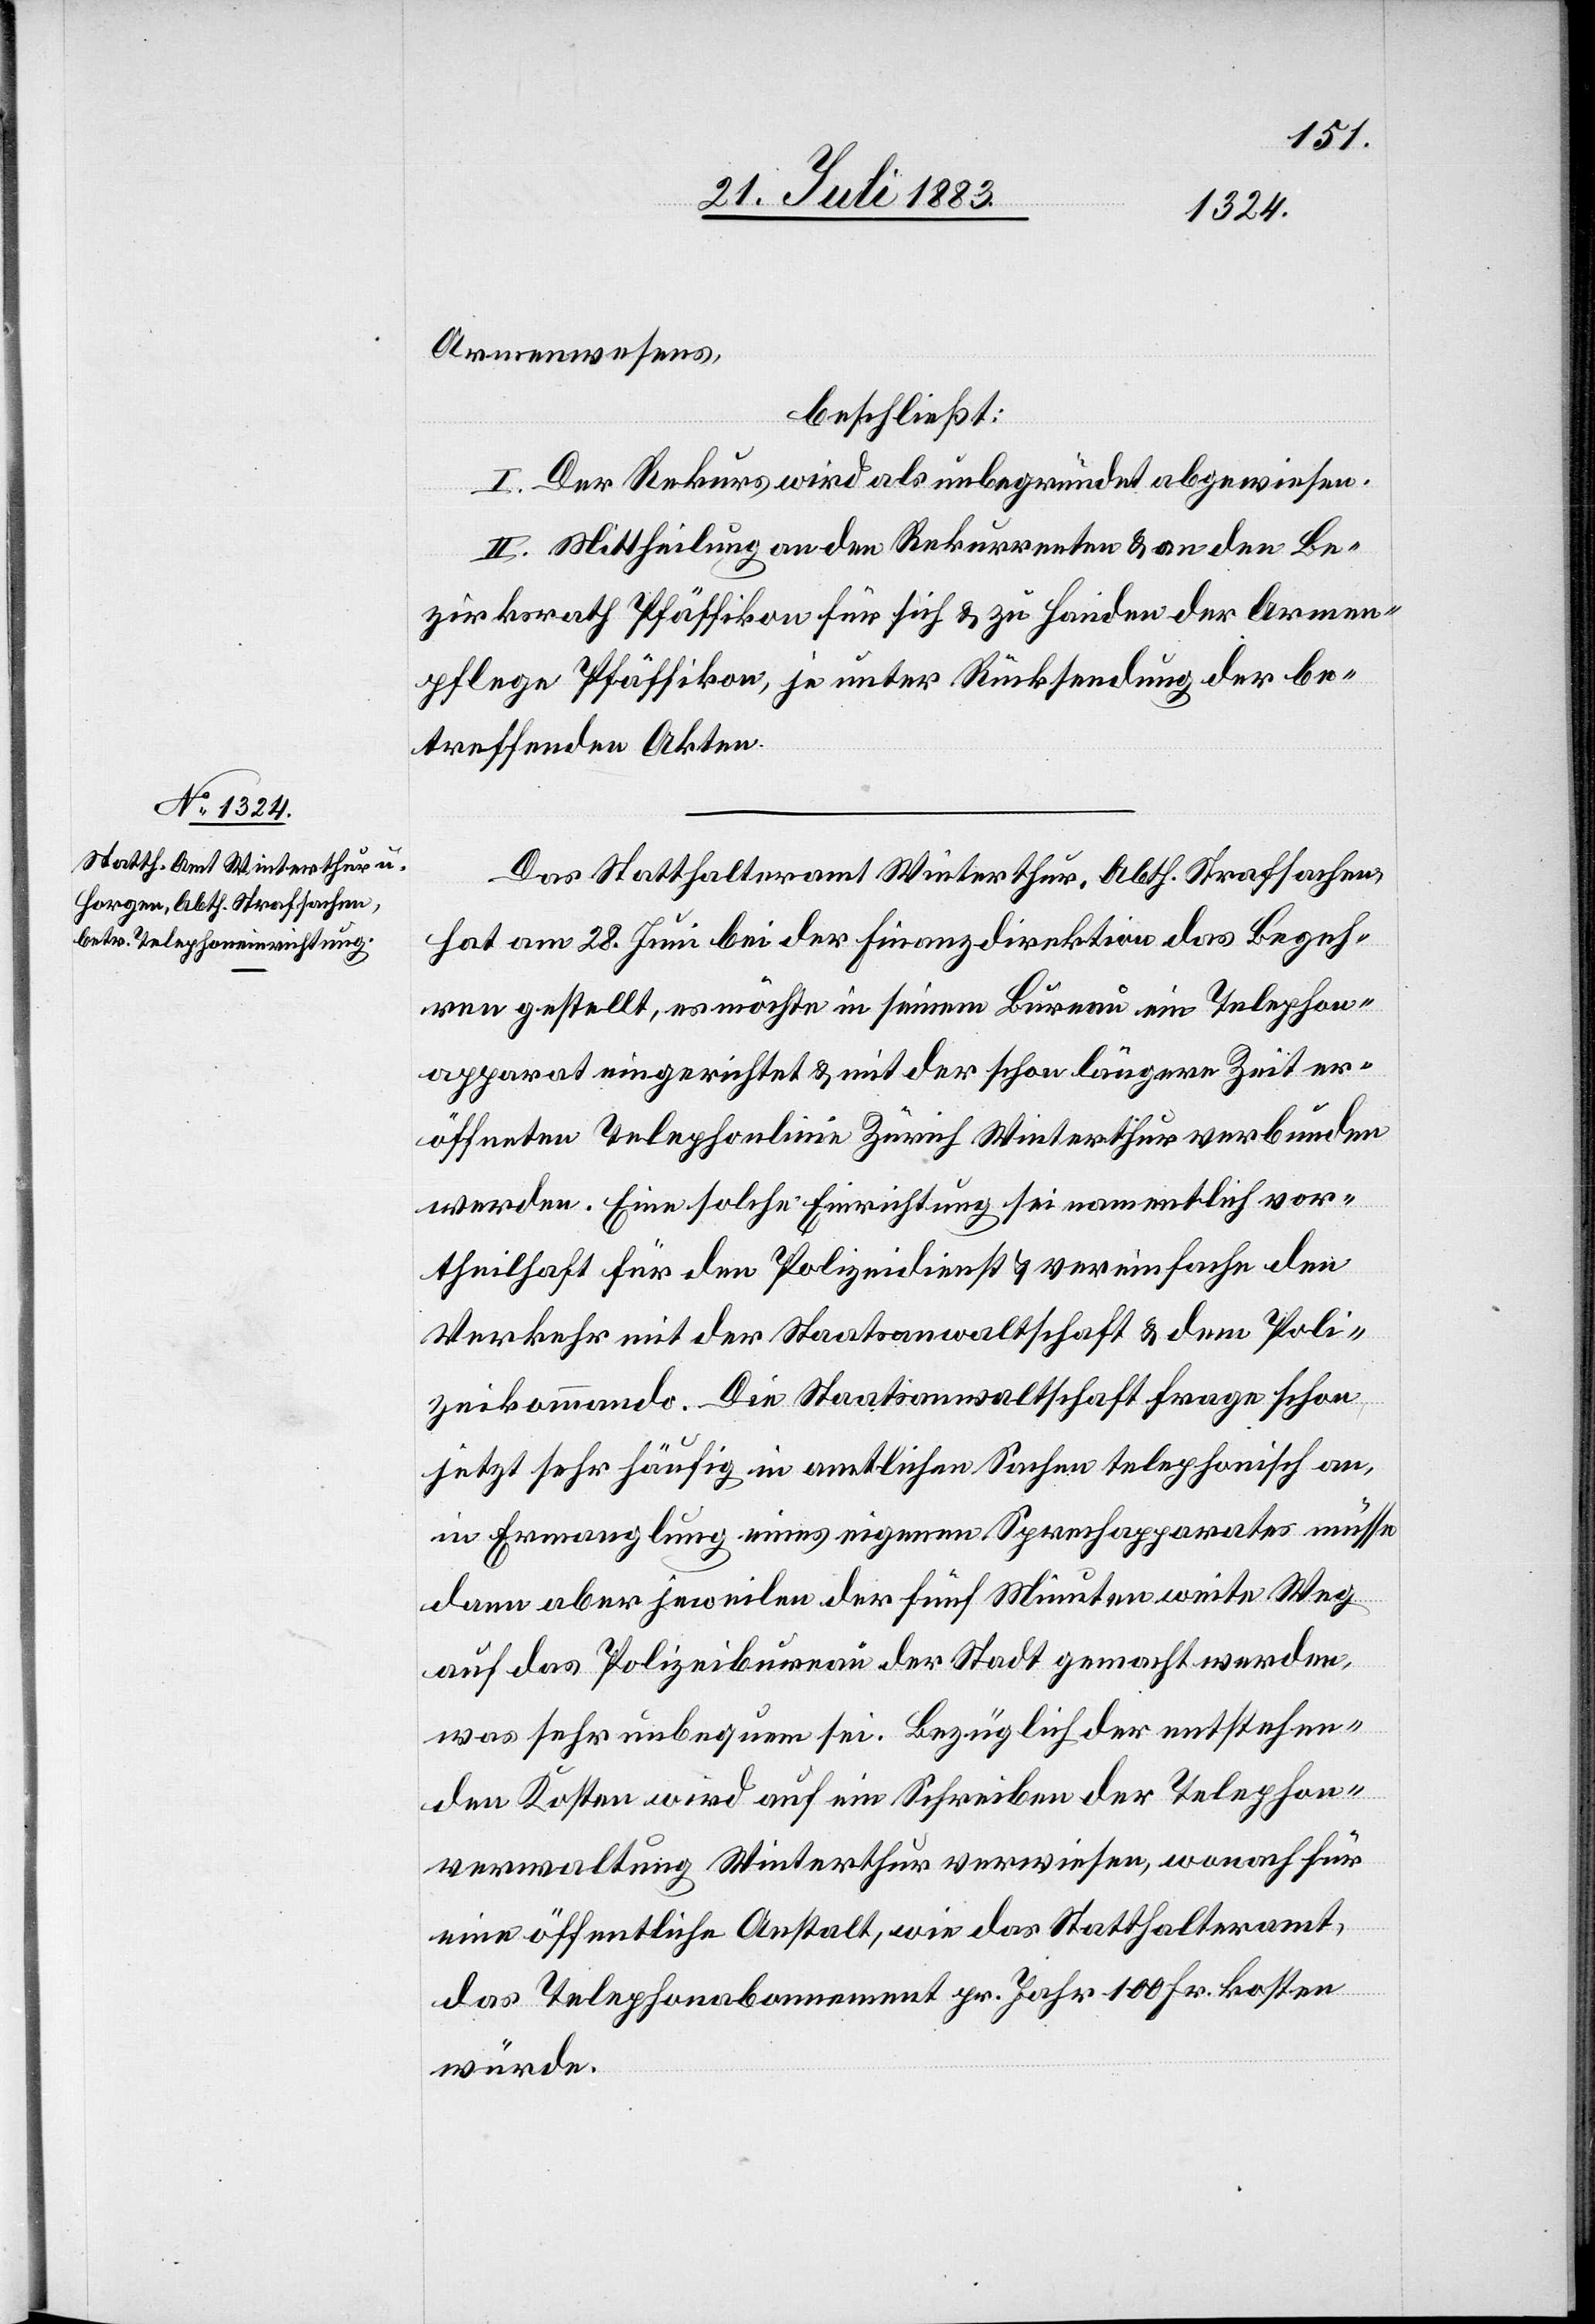
Armenwesens,
beschließt:
I. Der Rekurs wird als unbegründet abgewiesen.
II. Mittheilung an den Rekurrenten & an den Be¬
zirksrath Pfäffikon für sich & zu Handen der Armen¬
pflege Pfäffikon, je unter Rücksendung der be¬
treffenden Akten.
Das Statthalteramt Winterthur, Abth. Strafsachen,
hat am 28. Juni bei der Finanzdirektion das Begeh¬
ren gestellt, es möchte in seinem Bureau ein Telephon¬
apparat eingerichtet & mit der schon längere Zeit er¬
öffneten Telephonlinie Zürich[–]Winterthur verbunden
werden. Eine solche Einrichtung sei namentlich vor¬
theilhaft für den Polizeidienst & vereinfache den
Verkehr mit der Staatsanwaltschaft & dem Poli¬
zeikommando. Die Staatsanwaltschaft frage schon
jetzt sehr häufig in amtlichen Sachen telephonisch an,
in Ermangelung eines eigenen Sprechapparates müsse
dann aber jeweilen der fünf Minuten weite Weg
auf das Polizeibureau der Stadt gemacht werden,
was sehr unbequem sei. Bezüglich der entstehen¬
den Kosten wird auf ein Schreiben der Telephon¬
verwaltung Winterthur verwiesen, wonach für
eine öffentliche Anstalt, wie das Statthalteramt,
das Telephonabonnement pr. Jahr 100 Fr. kosten
würde.